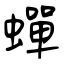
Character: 蟬